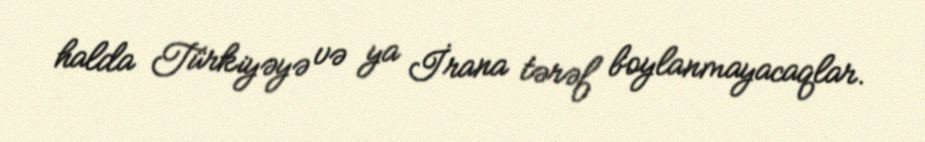
halda Türkiyəyə və ya İrana tərəf boylanmayacaqlar.